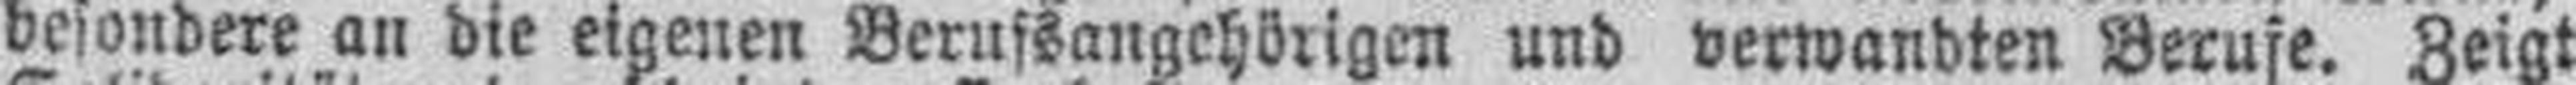
besondere an die eigenen Berufsangehörigen und verwandten Berufe. Zeigt eure